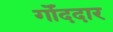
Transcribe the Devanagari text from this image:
गोँददार